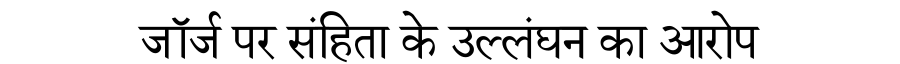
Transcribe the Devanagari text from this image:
जॉर्ज पर संहिता के उल्लंघन का आरोप